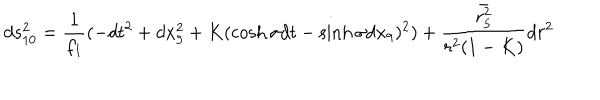
d s _ { 1 0 } ^ { 2 } = \frac { 1 } { f _ { 1 } } ( - d t ^ { 2 } + d x _ { 9 } ^ { 2 } + K ( \cosh \sigma d t - \sinh \sigma d x _ { 9 } ) ^ { 2 } ) + \frac { \bar { r _ { 5 } ^ { 2 } } } { r ^ { 2 } ( 1 - K ) } d r ^ { 2 }